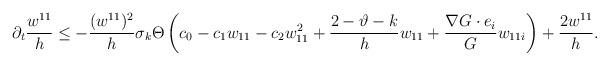
LaTeX: \begin{align*}\partial_{t}\frac{w^{11}}{h}\leq -\frac{(w^{11})^{2}}{h}\sigma_{k}\Theta\left(c_{0} -c_{1} w_{11}-c_{2}w^{2}_{11}+\frac{2-\vartheta-k}{h} w_{11}+\frac{\nabla G\cdot e_{i}}{G}w_{11i}\right)+\frac{2w^{11}}{h}.\end{align*}